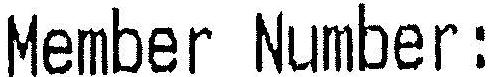
MEMBER NUMBER :